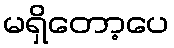
မရှိတော့ပေ